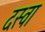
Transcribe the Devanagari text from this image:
दस्वा